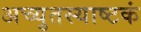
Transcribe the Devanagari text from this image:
अच्युतस्याष्टकं